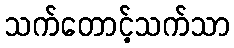
သက်တောင့်သက်သာ